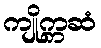
ကျိုက္ကဆံ